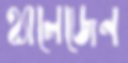
হ্যালেজেন